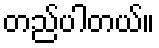
တည်ပါတယ်။